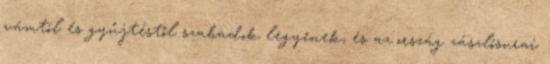
vámtól és gyűjtéstől szabadok legyenek, és az ország zászlósurai